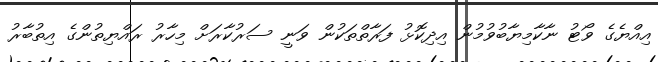
އިއްޔެގެ ވޯޓު ނާކާމިޔާބުވުމުން އިދިކޮޅު ފަރާތްތަކުން ވަނީ ސަރުކާރަށް މިހާރު ރައްޔިތުންގެ އިތުބާރު